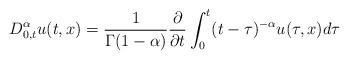
LaTeX: \begin{align*}D^{\alpha}_{0,t}u(t,x)=\frac{1}{\Gamma(1-\alpha)}\frac{\partial}{\partial t}\int_{0}^{t}(t-\tau)^{-\alpha}u(\tau, x)d\tau\end{align*}